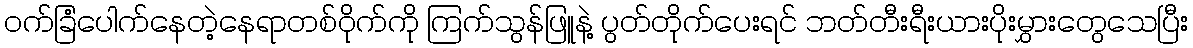
ဝက်ခြံပေါက်နေတဲ့နေရာတစ်ဝိုက်ကို ကြက်သွန်ဖြူနဲ့ ပွတ်တိုက်ပေးရင် ဘတ်တီးရီးယားပိုးမွှားတွေသေပြီး